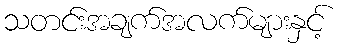
သတင်းအချက်အလက်များနှင့်